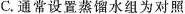
C.通常设置蒸馏水组为对照